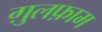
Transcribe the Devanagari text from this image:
ग़ुलफ़ाम